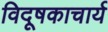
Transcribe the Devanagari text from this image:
विदूषकाचार्य